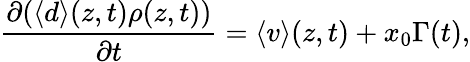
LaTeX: \frac{\partial(\langle d\rangle(z,t)\rho(z,t))}{\partial t}=\langle v\rangle(z,t)+x_{0}\Gamma(t),